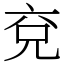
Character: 兗